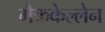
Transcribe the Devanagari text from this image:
मैककेल्लेन